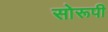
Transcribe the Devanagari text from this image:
सोरूपी